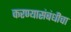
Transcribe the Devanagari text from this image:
करण्यासंबंधीचा